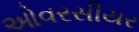
ઓવરસીયર